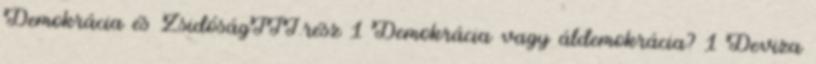
Demokrácia és ZsidóságIII.rész 1 Demokrácia vagy áldemokrácia? 1 Deviza